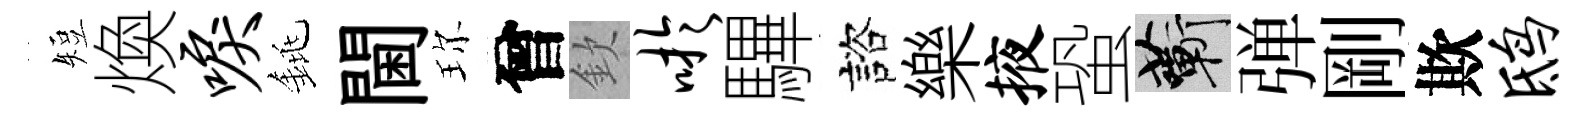
短煥唳銚閫珎曾欽吁驆諮樂掖蛩蔪弹剛欺鸱